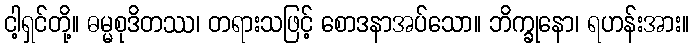
ငါ့ရှင်တို့။ ဓမ္မစုဒိတဿ၊ တရားသဖြင့် စောဒနာအပ်သော။ ဘိက္ခုနော၊ ရဟန်းအား။